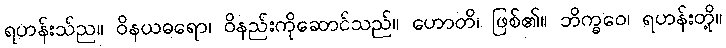
ရဟန်းသ်ည။ ဝိနယဓရော၊ ဝိနည်းကိုဆောင်သည်။ ဟောတိ၊ ဖြစ်၏။ ဘိက္ခဝေ၊ ရဟန်းတို့။